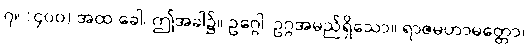
၇။ (၄၀၀) အထ ခေါ၊ ဤအခါ၌။ ဥဂ္ဂေါ၊ ဥဂ္ဂအမည်ရှိသော။ ရာဇမဟာမတ္တော၊